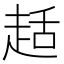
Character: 趏